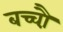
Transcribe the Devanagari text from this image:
बच्चौ़